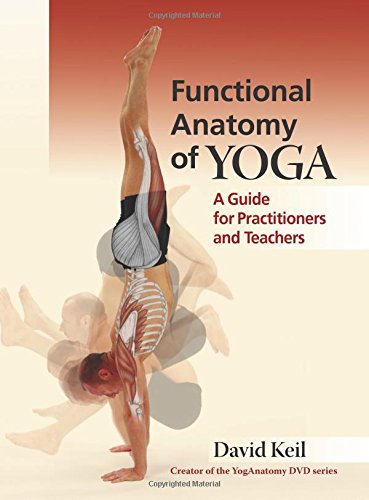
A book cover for Functional Anatomy of Yoga: A Guide for Practitioners and Teachers; David Keil; Health, Fitness & Dieting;